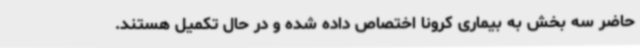
حاضر سه بخش به بیماری کرونا اختصاص داده شده و در حال تکمیل هستند.